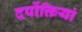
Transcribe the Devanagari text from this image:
दर्पोक्तियां